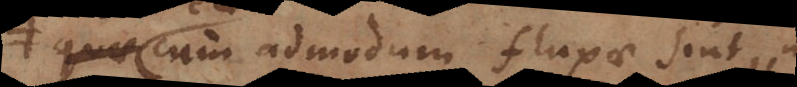
ae cum admodum fluxae sint,